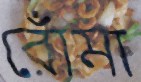
রোঁমা